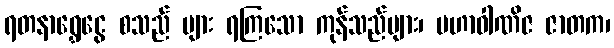
ရတနာရွှေငွေ စသည် များ ရကြသော ကုန်သည်များ၊ မဟာဝါဏိဇ ဇာတက၊